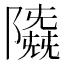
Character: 𱀲